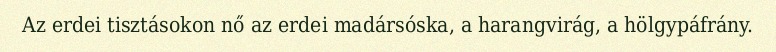
Az erdei tisztásokon nő az erdei madársóska, a harangvirág, a hölgypáfrány.